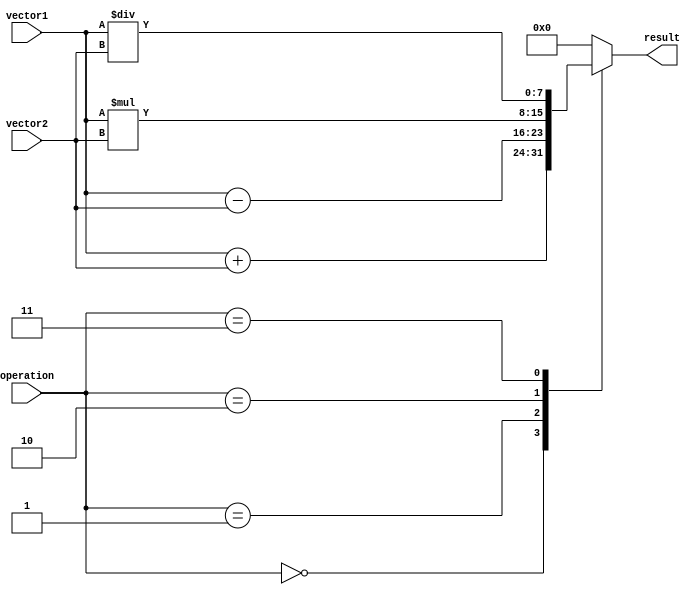
module VectorALU (
    input wire [7:0] vector1,
    input wire [7:0] vector2,
    input wire [3:0] operation,
    output reg [7:0] result
);

// Arithmetic operations
always @(*) begin
    case(operation)
        4'b0000: result = vector1 + vector2; // Addition
        4'b0001: result = vector1 - vector2; // Subtraction
        4'b0010: result = vector1 * vector2; // Multiplication
        4'b0011: result = vector1 / vector2; // Division
        // add more operations as needed
        default: result = 8'h00; // Default to 0 if operation is invalid
    endcase
end

// Overflow detection, saturation arithmetic, and vector shuffling operations could be implemented here

endmodule